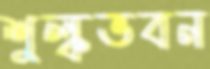
শুল্কভবন